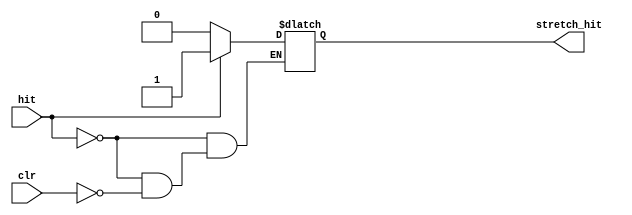
`timescale 1ns / 1ps
//////////////////////////////////////////////////////////////////////////////////
// Company: 
// Engineer: 
// 
// Design Name: 
// Module Name: stretch
// Project Name: 
// Target Devices: 
// Tool Versions: 
// Description: 
// 
// Dependencies: 
// 
// Revision:
// Revision 0.01 - File Created
// Additional Comments:
// 
//////////////////////////////////////////////////////////////////////////////////

`timescale 1ps / 1ps                                                              
//////////////////////////////////////////////////////////////////////////////////
// Module Name   : stretch.v
// Project Name  : stretch.v
// Target Devices: xc7k325tffg900-2
// Tool Versions : vivado 2017.4
// Description   : Once the hit signal occurs at a channel,
//                 its falling edge is stetched
//                 aligned to the next rising of running clock
// Revision      : 0.0
//////////////////////////////////////////////////////////////////////////////////
module stretch
( 
    input  wire                     clr                 , 
    input  wire                     hit                 ,
    output reg                     stretch_hit      =1'b0
);


// assign stretch_hit = clr ? 1'b0 : hit ;
always @(*) begin
    // if(clr)begin
    //     stretch_hit<=1'b0;
    // end
    // else if(hit)begin
    //     stretch_hit<=1'b1;
    // end

    
    if(hit)begin
        stretch_hit=1'b1;
    end
    else if(clr)begin
        stretch_hit=1'b0;
    end

end

endmodule